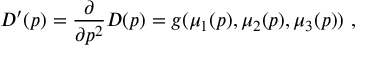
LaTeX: D ^ { \prime } ( p ) = { \frac { \partial } { \partial p ^ { 2 } } } D ( p ) = g ( \mu _ { 1 } ( p ) , \mu _ { 2 } ( p ) , \mu _ { 3 } ( p ) ) ~ ,